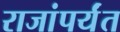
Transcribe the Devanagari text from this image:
राजांपर्यंत